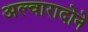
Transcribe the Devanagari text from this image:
अल्वारादोने